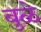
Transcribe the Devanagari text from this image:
बुळे